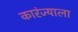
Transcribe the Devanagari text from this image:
कारंज्याला